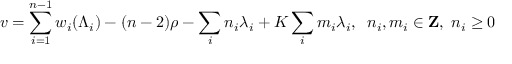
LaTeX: v = \sum _ { i = 1 } ^ { n - 1 } w _ { i } ( \Lambda _ { i } ) - ( n - 2 ) \rho - \sum _ { i } n _ { i } \lambda _ { i } + K \sum _ { i } m _ { i } \lambda _ { i } , \; \; n _ { i } , m _ { i } \in { \bf Z } , \; n _ { i } \geq 0